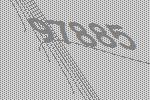
97885